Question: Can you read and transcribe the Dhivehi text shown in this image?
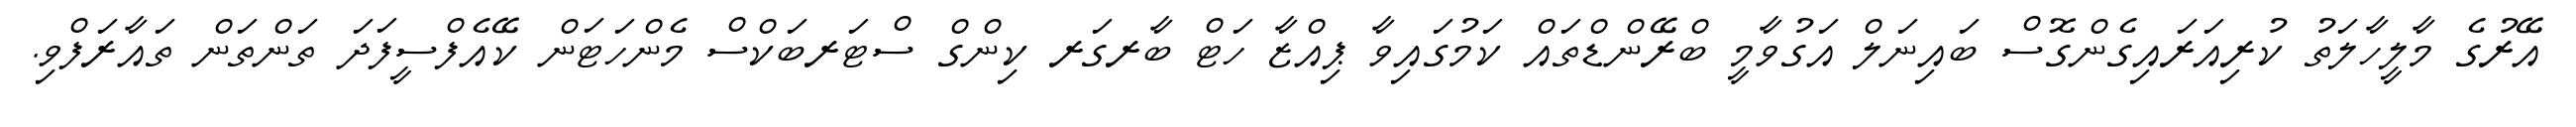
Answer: އޭރުގެ މާލީހާލަތު ކުރިއަރައިގެންގޮސް ބައިނަލް އަގުވާމީ ބްރޭންޑްތައް ކަމުގައިވާ ޕިއްޒާ ހަޓް ބާރގަރ ކިންގް ސްޓަރބަކްސް މެންހަޓަން ކޭއެފްސީފަދަ ތަންތަން ތައާރަފްވި.